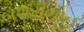
બશરીભાઈ